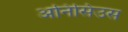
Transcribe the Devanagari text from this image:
अनिसिउस